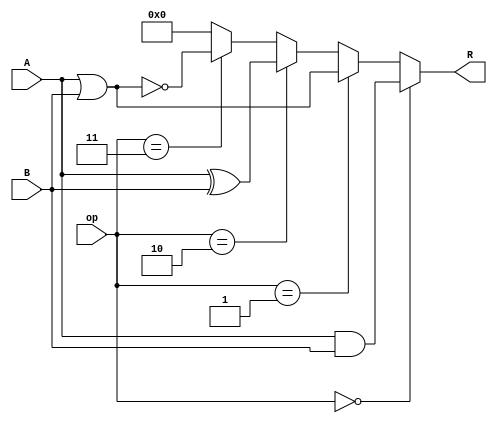
`timescale 1ns / 1ps
//////////////////////////////////////////////////////////////////////////////////
// Company: 
// Engineer: 
// 
// Design Name: 
// Module Name:    logical 
// Project Name: 
// Target Devices: 
// Tool versions: 
// Description: 
//
// Dependencies: 
//
// Revision: 
// Revision 0.01 - File Created
// Additional Comments: 
//
//////////////////////////////////////////////////////////////////////////////////
module logical #(parameter N=8) (
    input [N-1:0] A,
    input [N-1:0] B,
    input [1:0] op,
    output [N-1:0] R
    );

assign R = (op == 2'b00) ? (A[N-1:0] & B[N-1:0]) : 
				(op == 2'b01) ? (A[N-1:0] | B[N-1:0]) :
				(op == 2'b10) ? (A[N-1:0] ^ B[N-1:0]) :
				(op == 2'b11) ? ~(A[N-1:0] | B[N-1:0]) : 8'b00000000;

endmodule